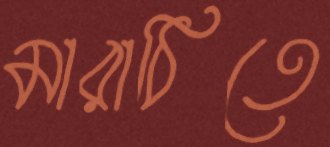
মারাঠিতে